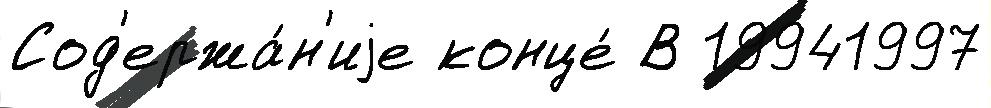
Сод'ержа́н'иjе конце́ В 19941997